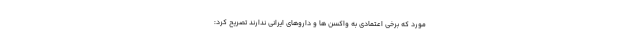
مورد که برخی اعتمادی به واکسن ها و داروهای ایرانی ندارند تصریح کرد: